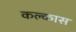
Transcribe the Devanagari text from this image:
कल्कास